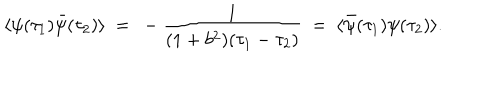
\langle \psi ( \tau _ { 1 } ) \bar { \psi } ( \tau _ { 2 } ) \rangle ~ = ~ - { \frac { 1 } { ( 1 + b ^ { 2 } ) ( \tau _ { 1 } - \tau _ { 2 } ) } } ~ = ~ \langle \bar { \psi } ( \tau _ { 1 } ) \psi ( \tau _ { 2 } ) \rangle .